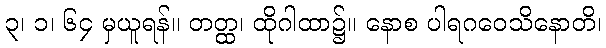
၃၊ ၁၊ ၆၄ မှယူရန်။ တတ္ထ၊ ထိုဂါထာ၌။ နောစ ပါရဂဝေသိနောတိ၊